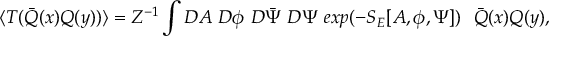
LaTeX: \langle T ( \bar { Q } ( x ) Q ( y ) ) \rangle = Z ^ { - 1 } \int D A ~ D \phi ~ D \bar { \Psi } ~ D \Psi ~ e x p ( - S _ { E } [ A , \phi , \Psi ] ) ~ ~ \bar { Q } ( x ) Q ( y ) ,